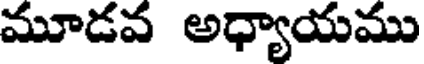
మూడవ అధ్యాయము